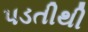
પડતીથી